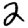
Digit: 2